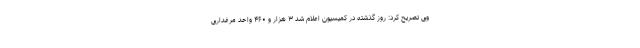
وی تصریح کرد: روز گذشته در کمیسیون اعلام شد ۳ هزار و ۴۶۰ واحد مرغداری